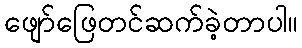
ဖျော်ဖြေတင်ဆက်ခဲ့တာပါ။